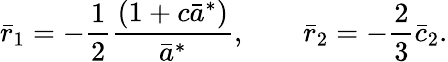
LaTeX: \bar{r}_{1}=-\frac{1}{2}\frac{(1+c\bar{a}^{*})}{\bar{a}^{*}},\quad\quad\bar{r}_{2}=-\frac{2}{3}\bar{c}_{2}.